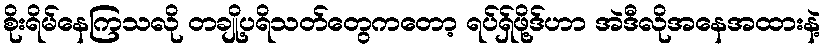
စိုးရိမ်နေကြသလို တချို့ပရိသတ်တွေကတော့ ရပ်ရှ်ဖို့ဒ်ဟာ အဲဒီလိုအနေအထားနဲ့